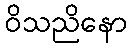
ဝိသညိနော